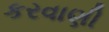
કરવાણી